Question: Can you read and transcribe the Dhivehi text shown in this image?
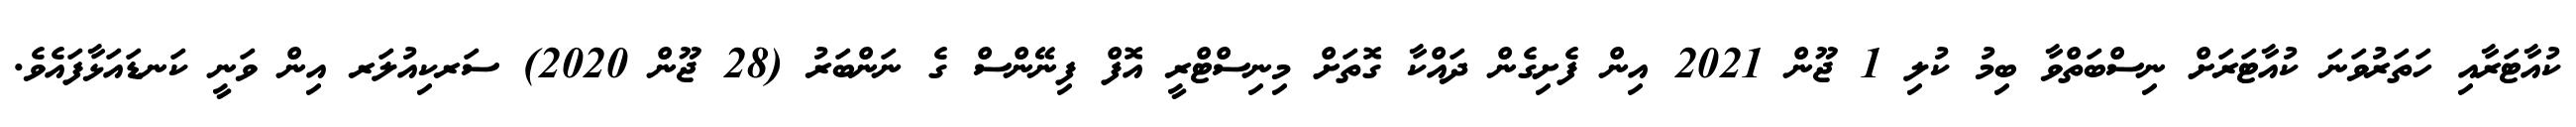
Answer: ކުއާޓަރާއި ހަތަރުވަނަ ކުއާޓަރަށް ނިސްބަތްވާ ބިމު ކުލި 1 ޖޫން 2021 އިން ފެށިގެން ދައްކާ ގޮތަށް މިނިސްޓްރީ އޮފް ފިނޭންސް ގެ ނަންބަރު (28 ޖޫން 2020) ސަރކިއުލަރ އިން ވަނީ ކަނޑައަޅާފައެވެ.